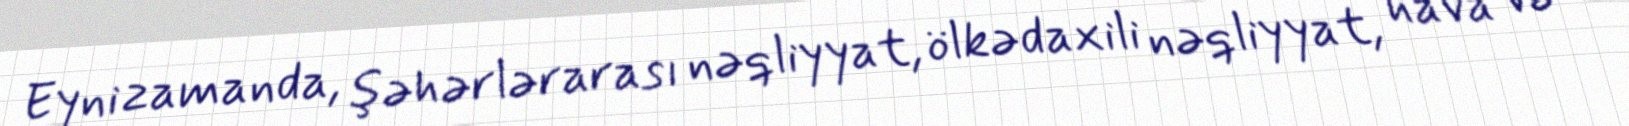
Eyni zamanda, şəhərlərarası nəqliyyat, ölkədaxili nəqliyyat, hava və